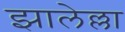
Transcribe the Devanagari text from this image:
झालेल्ला